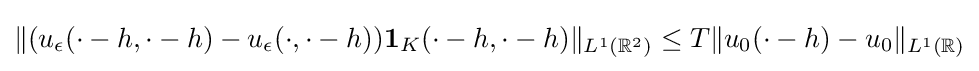
\Vert (u_{\epsilon }(\cdot -h,\cdot -h)-u_{\epsilon }(\cdot ,\cdot -h))\mathbf {1} _{K}(\cdot -h,\cdot -h)\Vert _{L^{1}(\mathbb {R} ^{2})}\leq T\Vert u_{0}(\cdot -h)-u_{0}\Vert _{L^{1}(\mathbb {R} )}